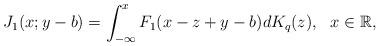
LaTeX: \begin{align*}J_1(x;y-b)=\int_{-\infty}^{x}F_1(x-z+y-b)dK_{q}(z), \ \ x \in \mathbb R,\end{align*}